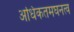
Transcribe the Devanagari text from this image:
अधिकतमघनत्व